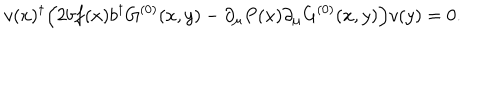
v ( x ) ^ { \dagger } \Bigl ( 2 b f ( x ) b ^ { \dagger } G ^ { ( 0 ) } ( x , y ) - \partial _ { \mu } P ( x ) \partial _ { \mu } G ^ { ( 0 ) } ( x , y ) \Bigr ) v ( y ) = 0 .